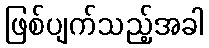
ဖြစ်ပျက်သည့်အခါ